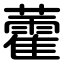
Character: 藿